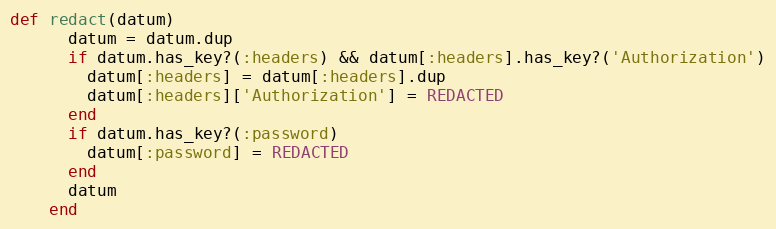
Language: Ruby
def redact(datum)
      datum = datum.dup
      if datum.has_key?(:headers) && datum[:headers].has_key?('Authorization')
        datum[:headers] = datum[:headers].dup
        datum[:headers]['Authorization'] = REDACTED
      end
      if datum.has_key?(:password)
        datum[:password] = REDACTED
      end
      datum
    end